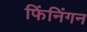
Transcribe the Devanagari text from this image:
फिंनिंगन